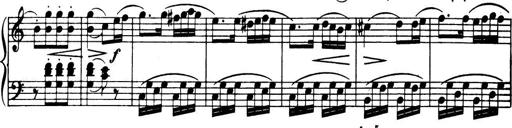
Title: 32 Sonatinas and Rondos for the Piano
Composer: Richard Kleinmichel